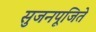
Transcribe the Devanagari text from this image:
सुजनपूजिते